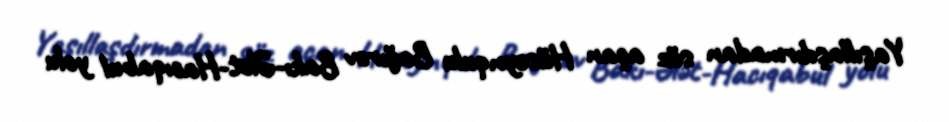
Yaşıllaşdırmadan söz açan Hüseynqulu Bağırov Bakı-Ələt-Hacıqabul yolu